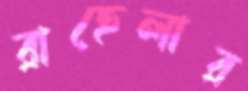
রাহেলার